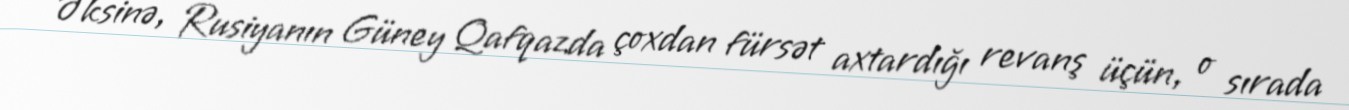
Əksinə, Rusiyanın Güney Qafqazda çoxdan fürsət axtardığı revanş üçün, o sırada